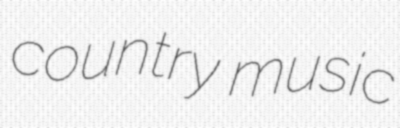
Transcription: country music